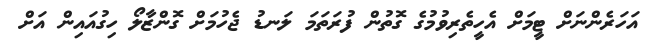
އަހަރެންނަށް ޓީމަށް އެހީތެރިވުމުގެ ގޮތުން ފުރަތަމަ ލަނޑު ޖެހުމަށް ގޮންޒާލޯ ހިގުއައިން އަށް